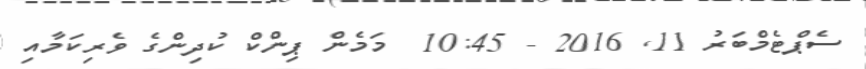
ސެޕްޓެމްބަރު 11